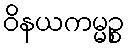
ဝိနယကမ္မဉ္စ